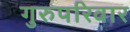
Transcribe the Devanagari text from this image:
गुरुपरिवार